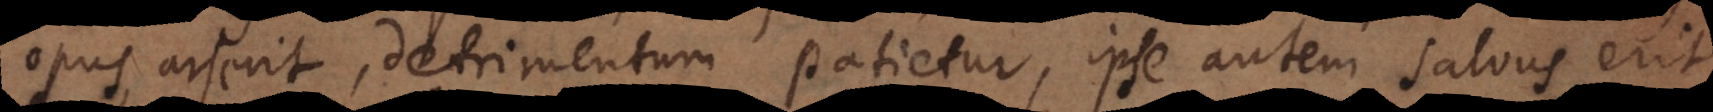
opus arserit, detrimentum patietur, ipse autem salvus erit